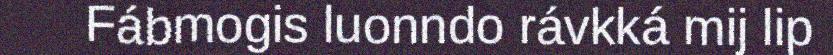
Fábmogis luonndo rávkká mij lip